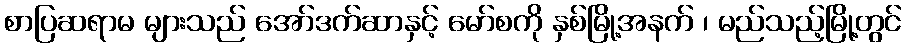
စာပြဆရာမ များသည် အော်ဒက်ဆာနှင့် မော်စကို နှစ်မြို့အနက် ၊ မည်သည့်မြို့တွင်